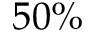
5 0 \%